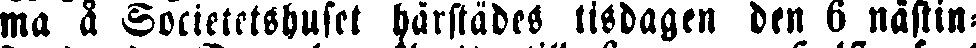
ma a Societetshuset härstädes tisdagen den 6 nästin-